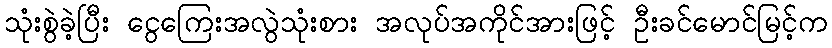
သုံးစွဲခဲ့ပြီး ငွေကြေးအလွဲသုံးစား အလုပ်အကိုင်အားဖြင့် ဦးခင်မောင်မြင့်က